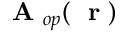
{ \mathrm { ~ \bf ~ A ~ } } _ { o p } ( \mathrm { ~ \bf ~ r ~ } )